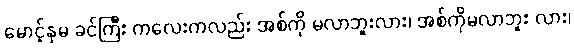
မောင့်နှမ ခင်ကြီး ကလေးကလည်း အစ်ကို မလာဘူးလား၊ အစ်ကိုမလာဘူး လား၊